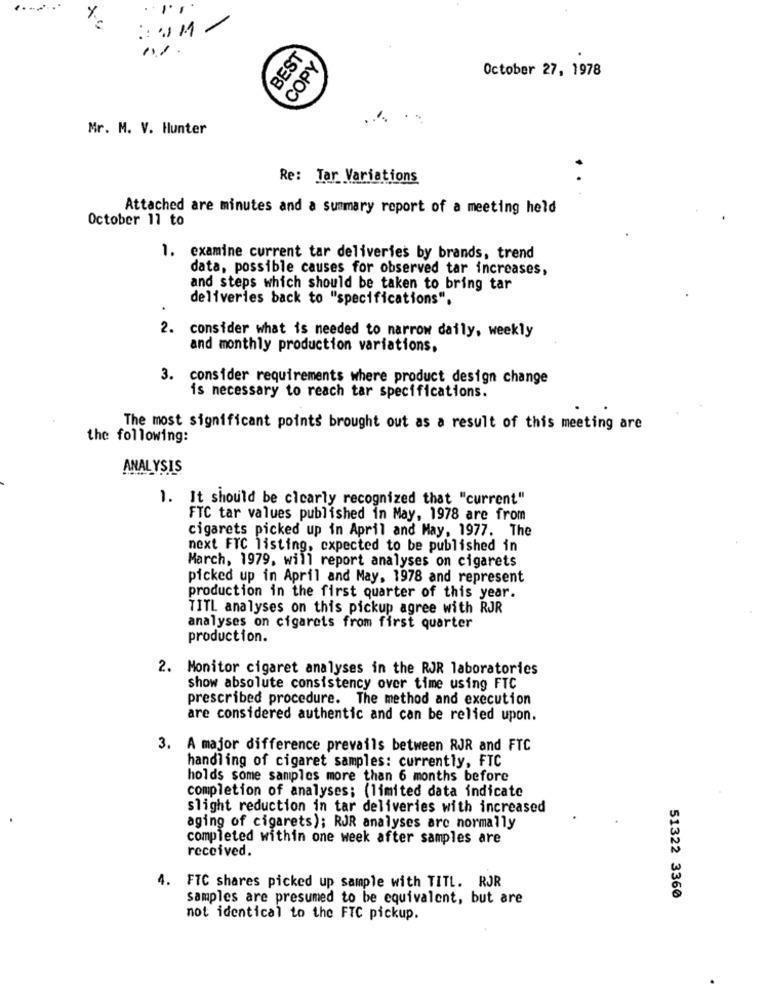
111
BEST
COPY
October 27, 1978
Mr. M. V. Hunter
Re: Tar Variations
Attached are minutes and a summary report of a meeting held
October 11 to
1. examine current tar deliveries by brands, trend
data, possible causes for observed tar increases,
and steps which should be taken to bring tar
deliveries back to "specifications".
2. consider what is needed to narrow daily, weekly
and monthly production variations,
3. consider requirements where product design change
is necessary to reach tar specifications.
The most significant points brought out as a result of this meeting are
the following:
ANALYSIS
1. It should be cicarly recognized that "current"
FTC tar values published in May, 1978 are from
cigarets picked up in April and May, 1977. The
next FTC listing, expected to be published in
March, 1979, will report analyses on cigarets
picked up in April and May, 1978 and represent
production in the first quarter of this year.
TITL analyses on this pickup agree with RJR
analyses on cigarets from first quarter
production.
2. Monitor cigaret analyses in the RJR laboratories
show absolute consistency over time using FTC
prescribed procedure. The method and execution
are considered authentic and can be relied upon.
3. A major difference prevails between RJR and FTC
handling of cigaret samples: currently, FTC
holds some samples more than 6 months before
completion of analyses; (limited data indicate
slight reduction in tar deliveries with increased
aging of cigarets); RJR analyses are normally
completed within one week after samples are
received
4. FTC shares picked up sample with TITL. RJR
samples are presumed to be equivalent, but are
51322 3360
not identical to the FTC pickup.